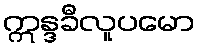
ဣန္ဒခီလူပမော